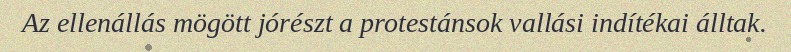
Az ellenállás mögött jórészt a protestánsok vallási indítékai álltak.